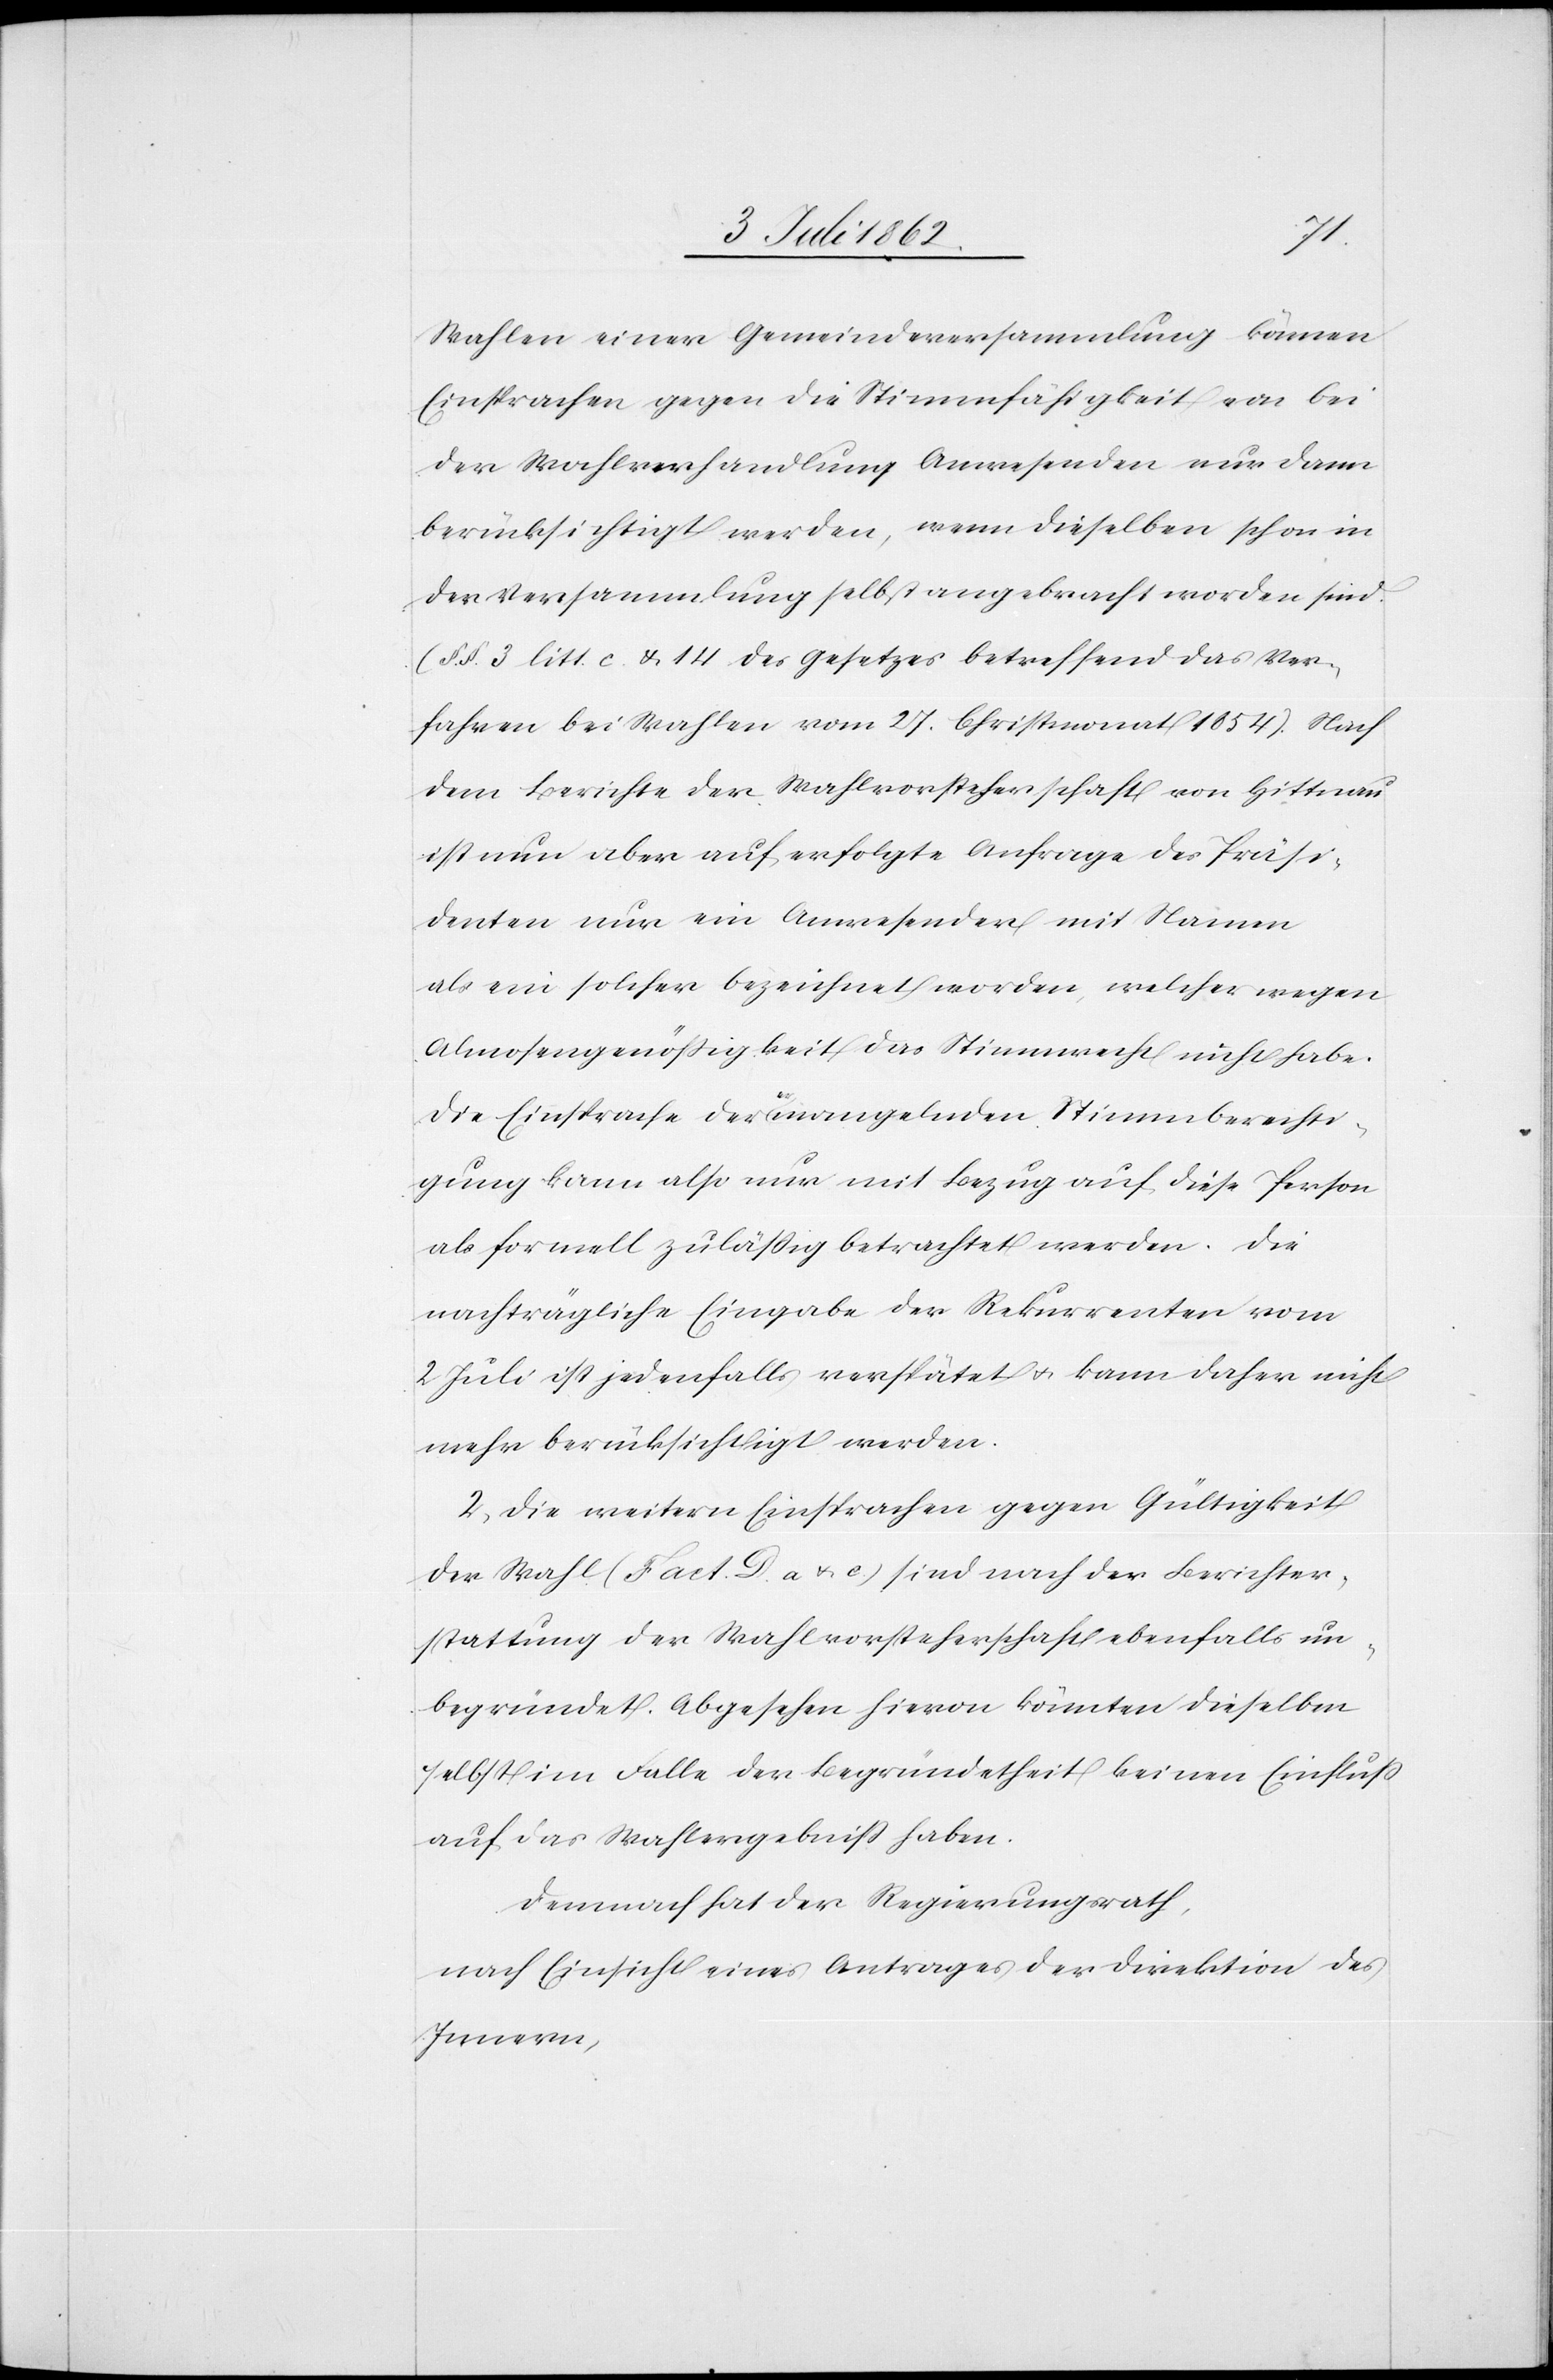
Wahlen einer Gemeindversammlung können
Einsprachen gegen die Stimmenfähigkeit von bei
der Wahlverhandlung Anwesenden nur dann
berücksichtigt werden, wenn dieselben schon in
der Versammlung selbst angebracht worden sind.
(§ § 3 litt. c u. 14 des Gesetzes betreffend das Ver¬
fahren bei Wahlen vom 27. Christmonat 1854). Nach
dem Berichte der Wahlvorsteherschaft von Hittnau
ist nun aber auf erfolgte Anfrage des Präsi¬
denten nur ein Anwesender mit Namen
als ein solcher bezeichnet worden, welcher wegen
Almosengenößigkeit das Stimmrecht nicht habe.
Die Einsprache der ermangelnden Stimmberechti¬
gung kann also nur mit Bezug auf diese Person
als formell zuläßig betrachtet werden. Die
nachträgliche Eingabe der Rekurrenten vom
2 Juli ist jedenfalls verspätet u. kann daher nicht
mehr berücksichtigt werden.
2. Die weitern Einsprachen gegen Gültigkeit
der Wahl (Fact. D. a u. c.) sind nach der Berichter¬
stattung der Wahlvorsteherschaft ebenfalls un¬
begründet. Abgesehen hievon könnten dieselben
selbst im Falle der Begründtheit keinen Einfluß
auf das Wahlergebniß haben.
Demnach hat der Regierungsrath,
nach Einsicht eines Antrages der Direktion des
Innern,